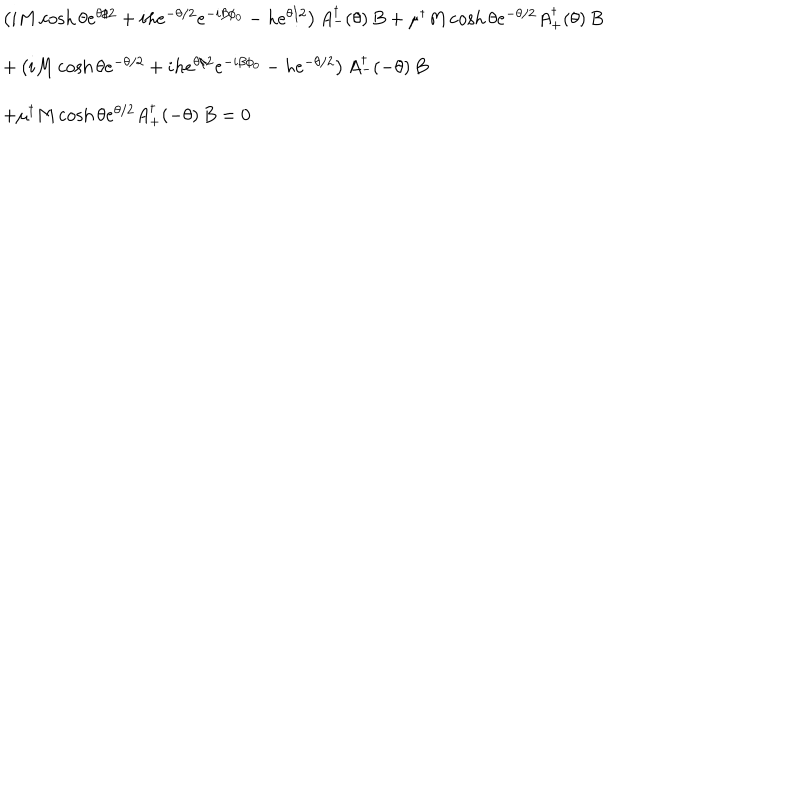
\begin{array} { l l } { { } } & { { \left( i M \cosh \theta e ^ { \theta / 2 } + i h e ^ { - \theta / 2 } e ^ { - i \beta \phi _ { 0 } } - h e ^ { \theta / 2 } \right) A _ { - } ^ { \dagger } ( \theta ) \, B + \mu ^ { \dagger } M \cosh \theta e ^ { - \theta / 2 } A _ { + } ^ { \dagger } ( \theta ) \, B } } \\ { { } } & { { + \left( i M \cosh \theta e ^ { - \theta / 2 } + i h e ^ { \theta / 2 } e ^ { - i \beta \phi _ { 0 } } - h e ^ { - \theta / 2 } \right) A _ { - } ^ { \dagger } ( - \theta ) \, B } } \\ { { } } & { { + \mu ^ { \dagger } M \cosh \theta e ^ { \theta / 2 } A _ { + } ^ { \dagger } ( - \theta ) \, B = 0 } } \\ \end{array}